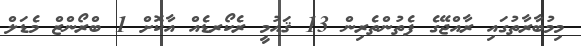
މިމުބާރާތުގައި ރާއްޖޭގެ ފެތުންތެރިން 13 ޤައުމީ ރެކޯރޑެއް އާކޮށް 1 ބްރޯންޒް މެޑަލް